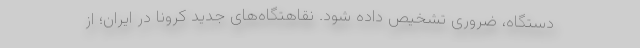
دستگاه، ضروری تشخیص داده شود. نقاهتگاه‌های جدید کرونا در ایران؛ از